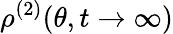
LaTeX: \rho^{(2)}(\theta,t\to\infty)